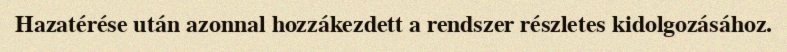
Hazatérése után azonnal hozzákezdett a rendszer részletes kidolgozásához.